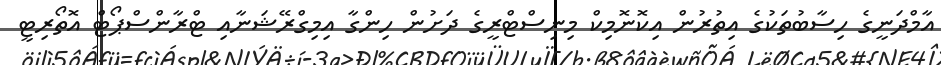
އާމްދަނީގެ ހިސާބުތަކުގެ އިތުރުން އިކޮނޮމިކް މިނިސްޓްރީގެ ދަށުން ހިންގާ އިމިގްރޭޝަނާއި ޓްރާންސްޕޯޓް އޮތޯރިޓީ